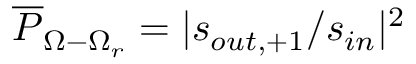
\overline { { P } } _ { \Omega - \Omega _ { r } } = | s _ { o u t , + 1 } / s _ { i n } | ^ { 2 }